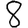
Digit: 8